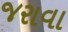
જરાવા